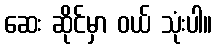
ဆေး ဆိုင်မှာ ဝယ် သုံးပါ။